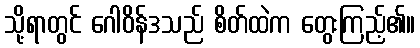
သို့ရာတွင် ဂေါဝိန်ဒသည် စိတ်ထဲက တွေးကြည့်၏။